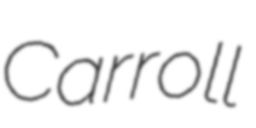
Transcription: Carroll